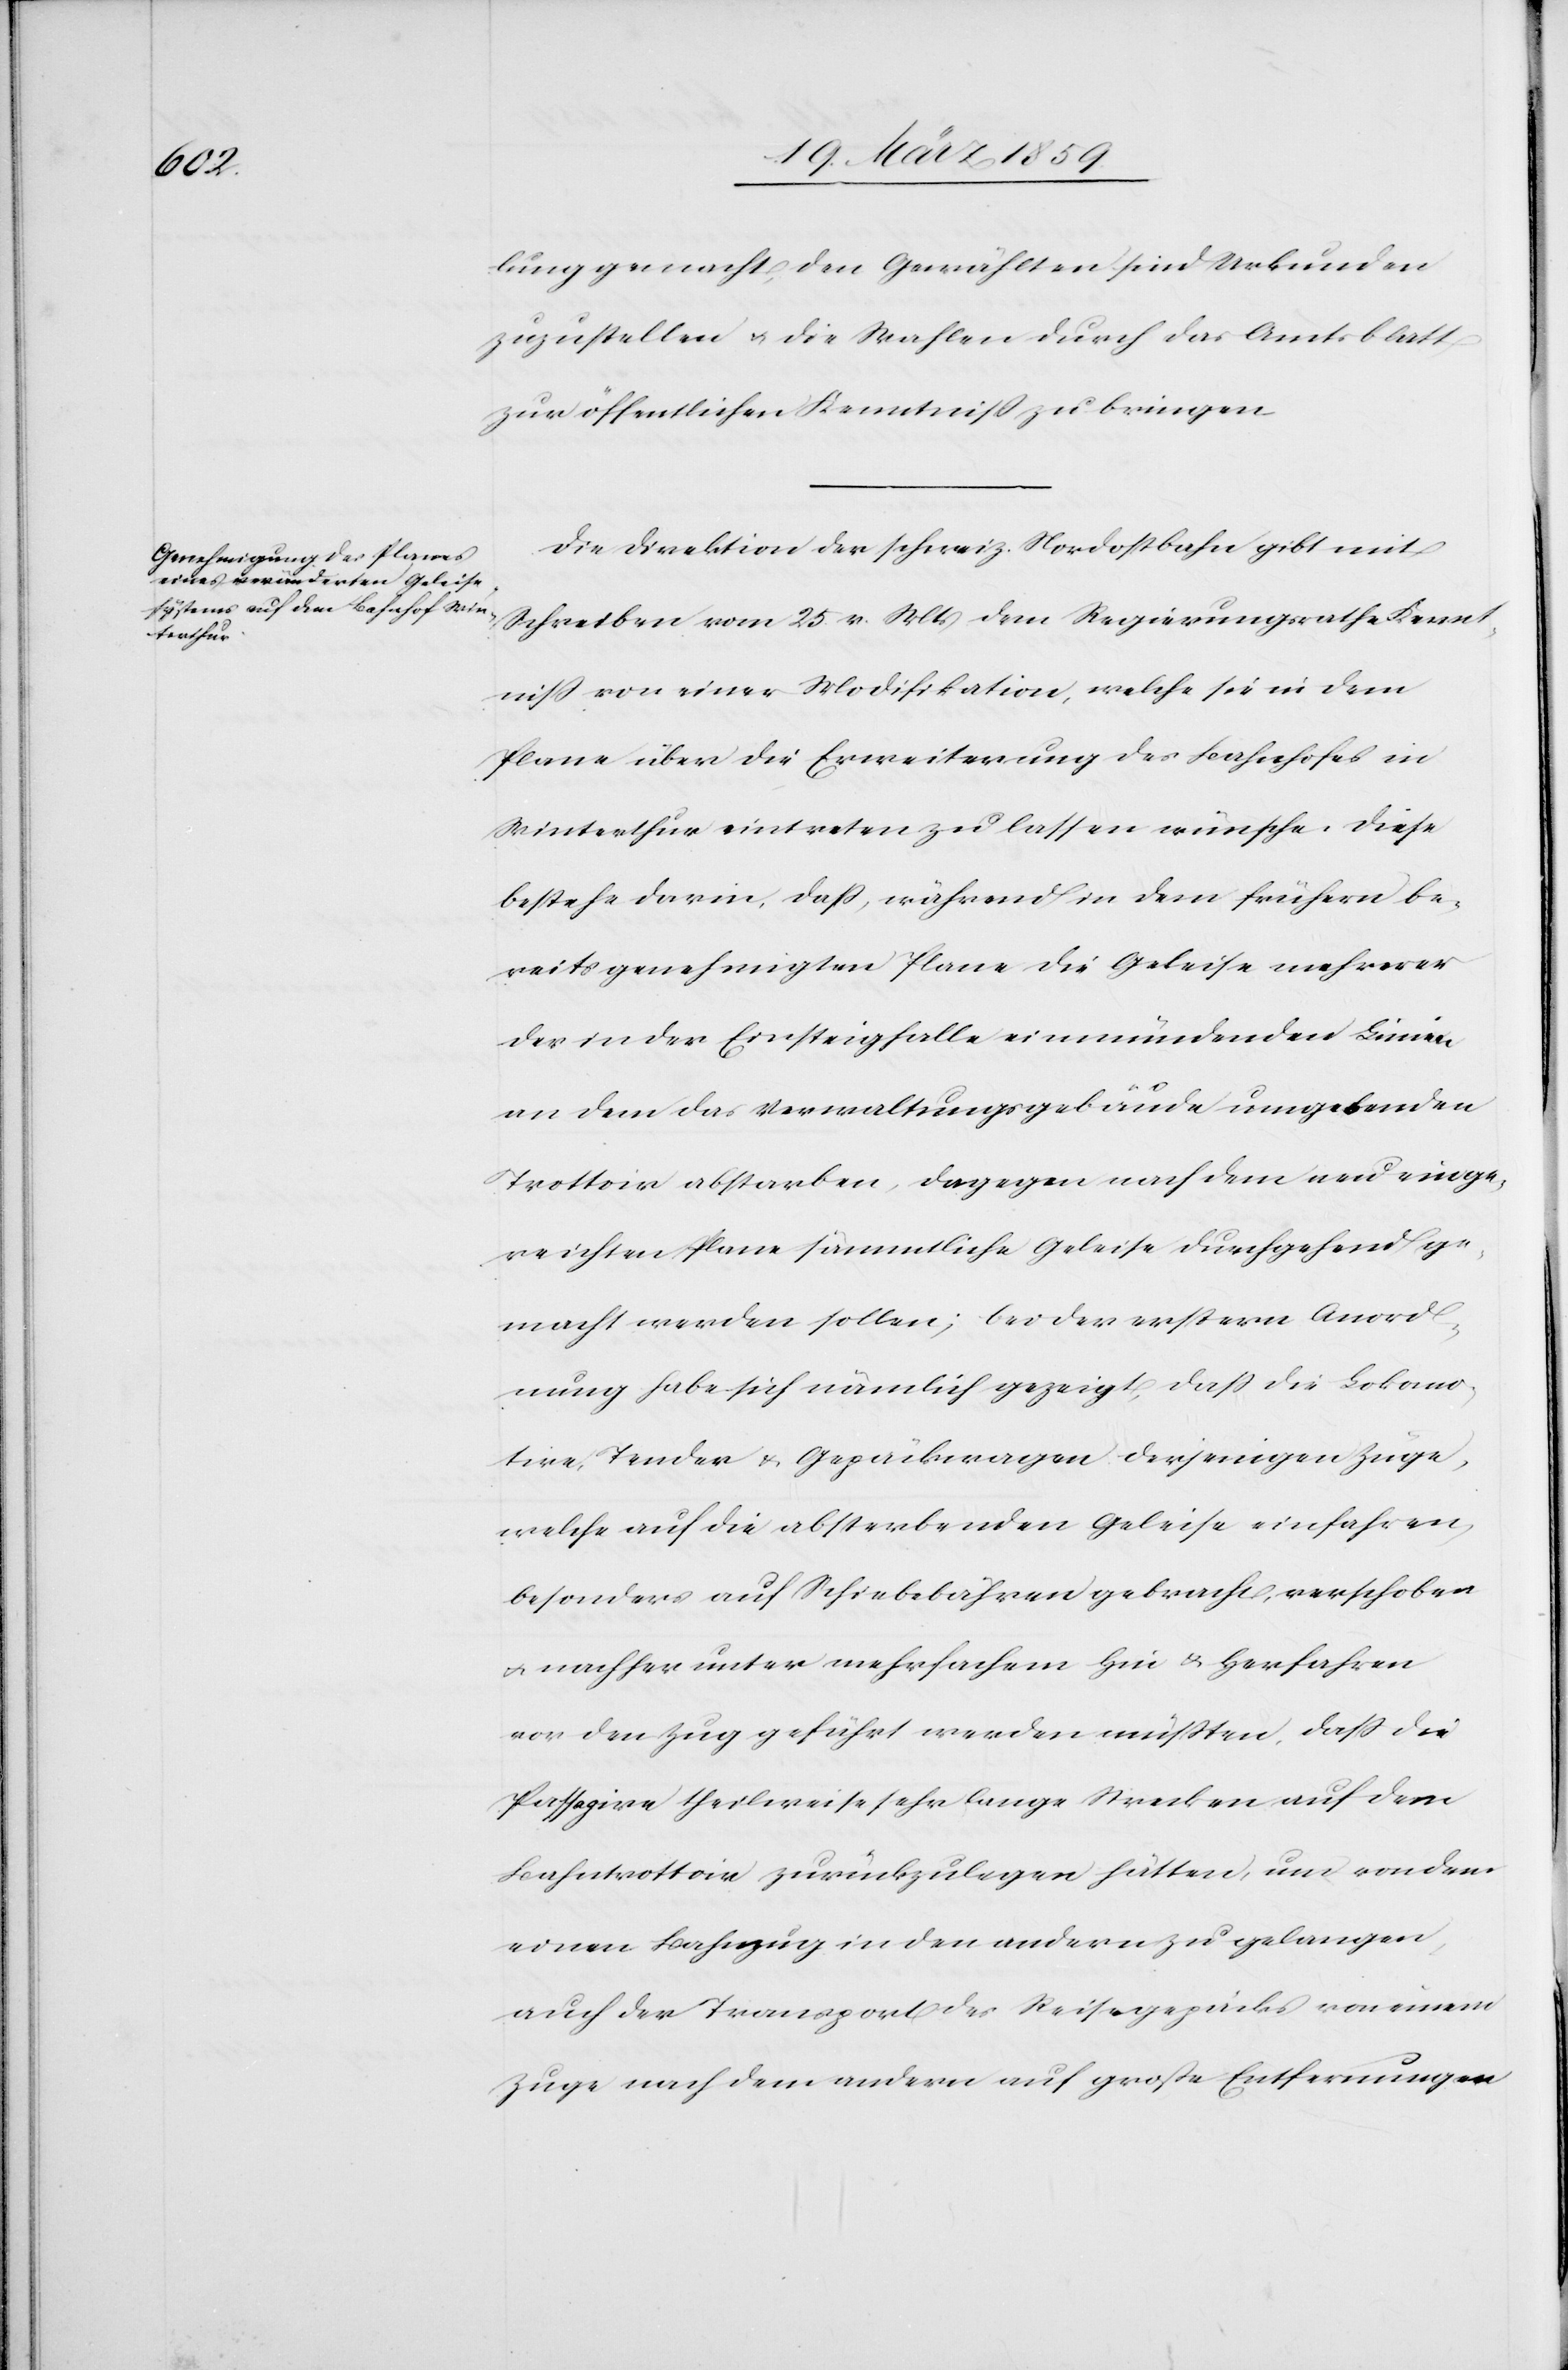
lung gemacht, den Gewählten sind Urkunden
zuzustellen u. die Wahlen durch das Amtsblatt
zur öffentlichen Kenntniß zu bringen.
Die Direktion der schweiz. Nordostbahn gibt mit
Schreiben vom 25. v. Mts dem Regierungsrathe Kennt¬
niß von einer Modifikation, welche sie in dem
Plane über die Erweiterung des Bahnhofes in
Winterthur eintreten zu lassen wünsche. Diese
bestehe darin, daß während in dem frühern be¬
reits genehmigten Plane die Geleise mehrerer
der in der Einsteighalle einmündenden Linien
an dem das Verwaltungsgebäude umgebenden
Trottoir abstarben, dagegen nach dem neu einge¬
reichten Plane sämmtliche Geleise durchgehend ge¬
macht werden sollen; bei der erstern Anord¬
nung habe sich nämlich gezeigt, daß die Lokomo¬
tive, Tender & Gepäckwagen derjenigen Züge,
welche auf die absterbenden Geleise einfahren,
besonders auf Schiebebähren gebracht, verschoben
u. nachher unter mehrfachem Hin u. Herfahren
vor den Zug geführt werden müßten, daß die
Passagire theilweise sehr lange Strecken auf dem
Bahntrottoir zurückzulegen hätten, um von dem
einen Bahnzug in den andern zu gelangen,
auch der Transport des Reisegepäcks von einem
Zuge nach dem andern auf große Entfernungen